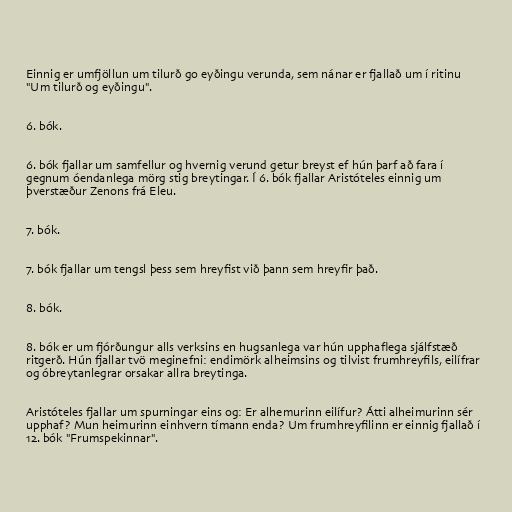
Einnig er umfjöllun um tilurð go eyðingu verunda, sem nánar er fjallað um í ritinu
"Um tilurð og eyðingu".

6. bók.

6. bók fjallar um samfellur og hvernig verund getur breyst ef hún þarf að fara í
gegnum óendanlega mörg stig breytingar. Í 6. bók fjallar Aristóteles einnig um
þverstæður Zenons frá Eleu.

7. bók.

7. bók fjallar um tengsl þess sem hreyfist við þann sem hreyfir það.

8. bók.

8. bók er um fjórðungur alls verksins en hugsanlega var hún upphaflega sjálfstæð
ritgerð. Hún fjallar tvö meginefni: endimörk alheimsins og tilvist frumhreyfils, eilífrar
og óbreytanlegrar orsakar allra breytinga.

Aristóteles fjallar um spurningar eins og: Er alhemurinn eilífur? Átti alheimurinn sér
upphaf? Mun heimurinn einhvern tímann enda? Um frumhreyfilinn er einnig fjallað í
12. bók "Frumspekinnar".